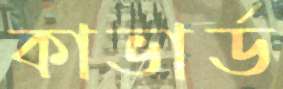
কাভার্ড